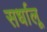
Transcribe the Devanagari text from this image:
सर्धालू